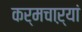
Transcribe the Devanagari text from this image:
कर्मचाऱ्यां